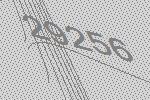
29256